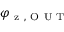
\varphi _ { \mathrm { ~ z ~ , ~ O ~ U ~ T ~ } }